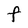
Character: F